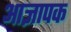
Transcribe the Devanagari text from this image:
आज्ञापक